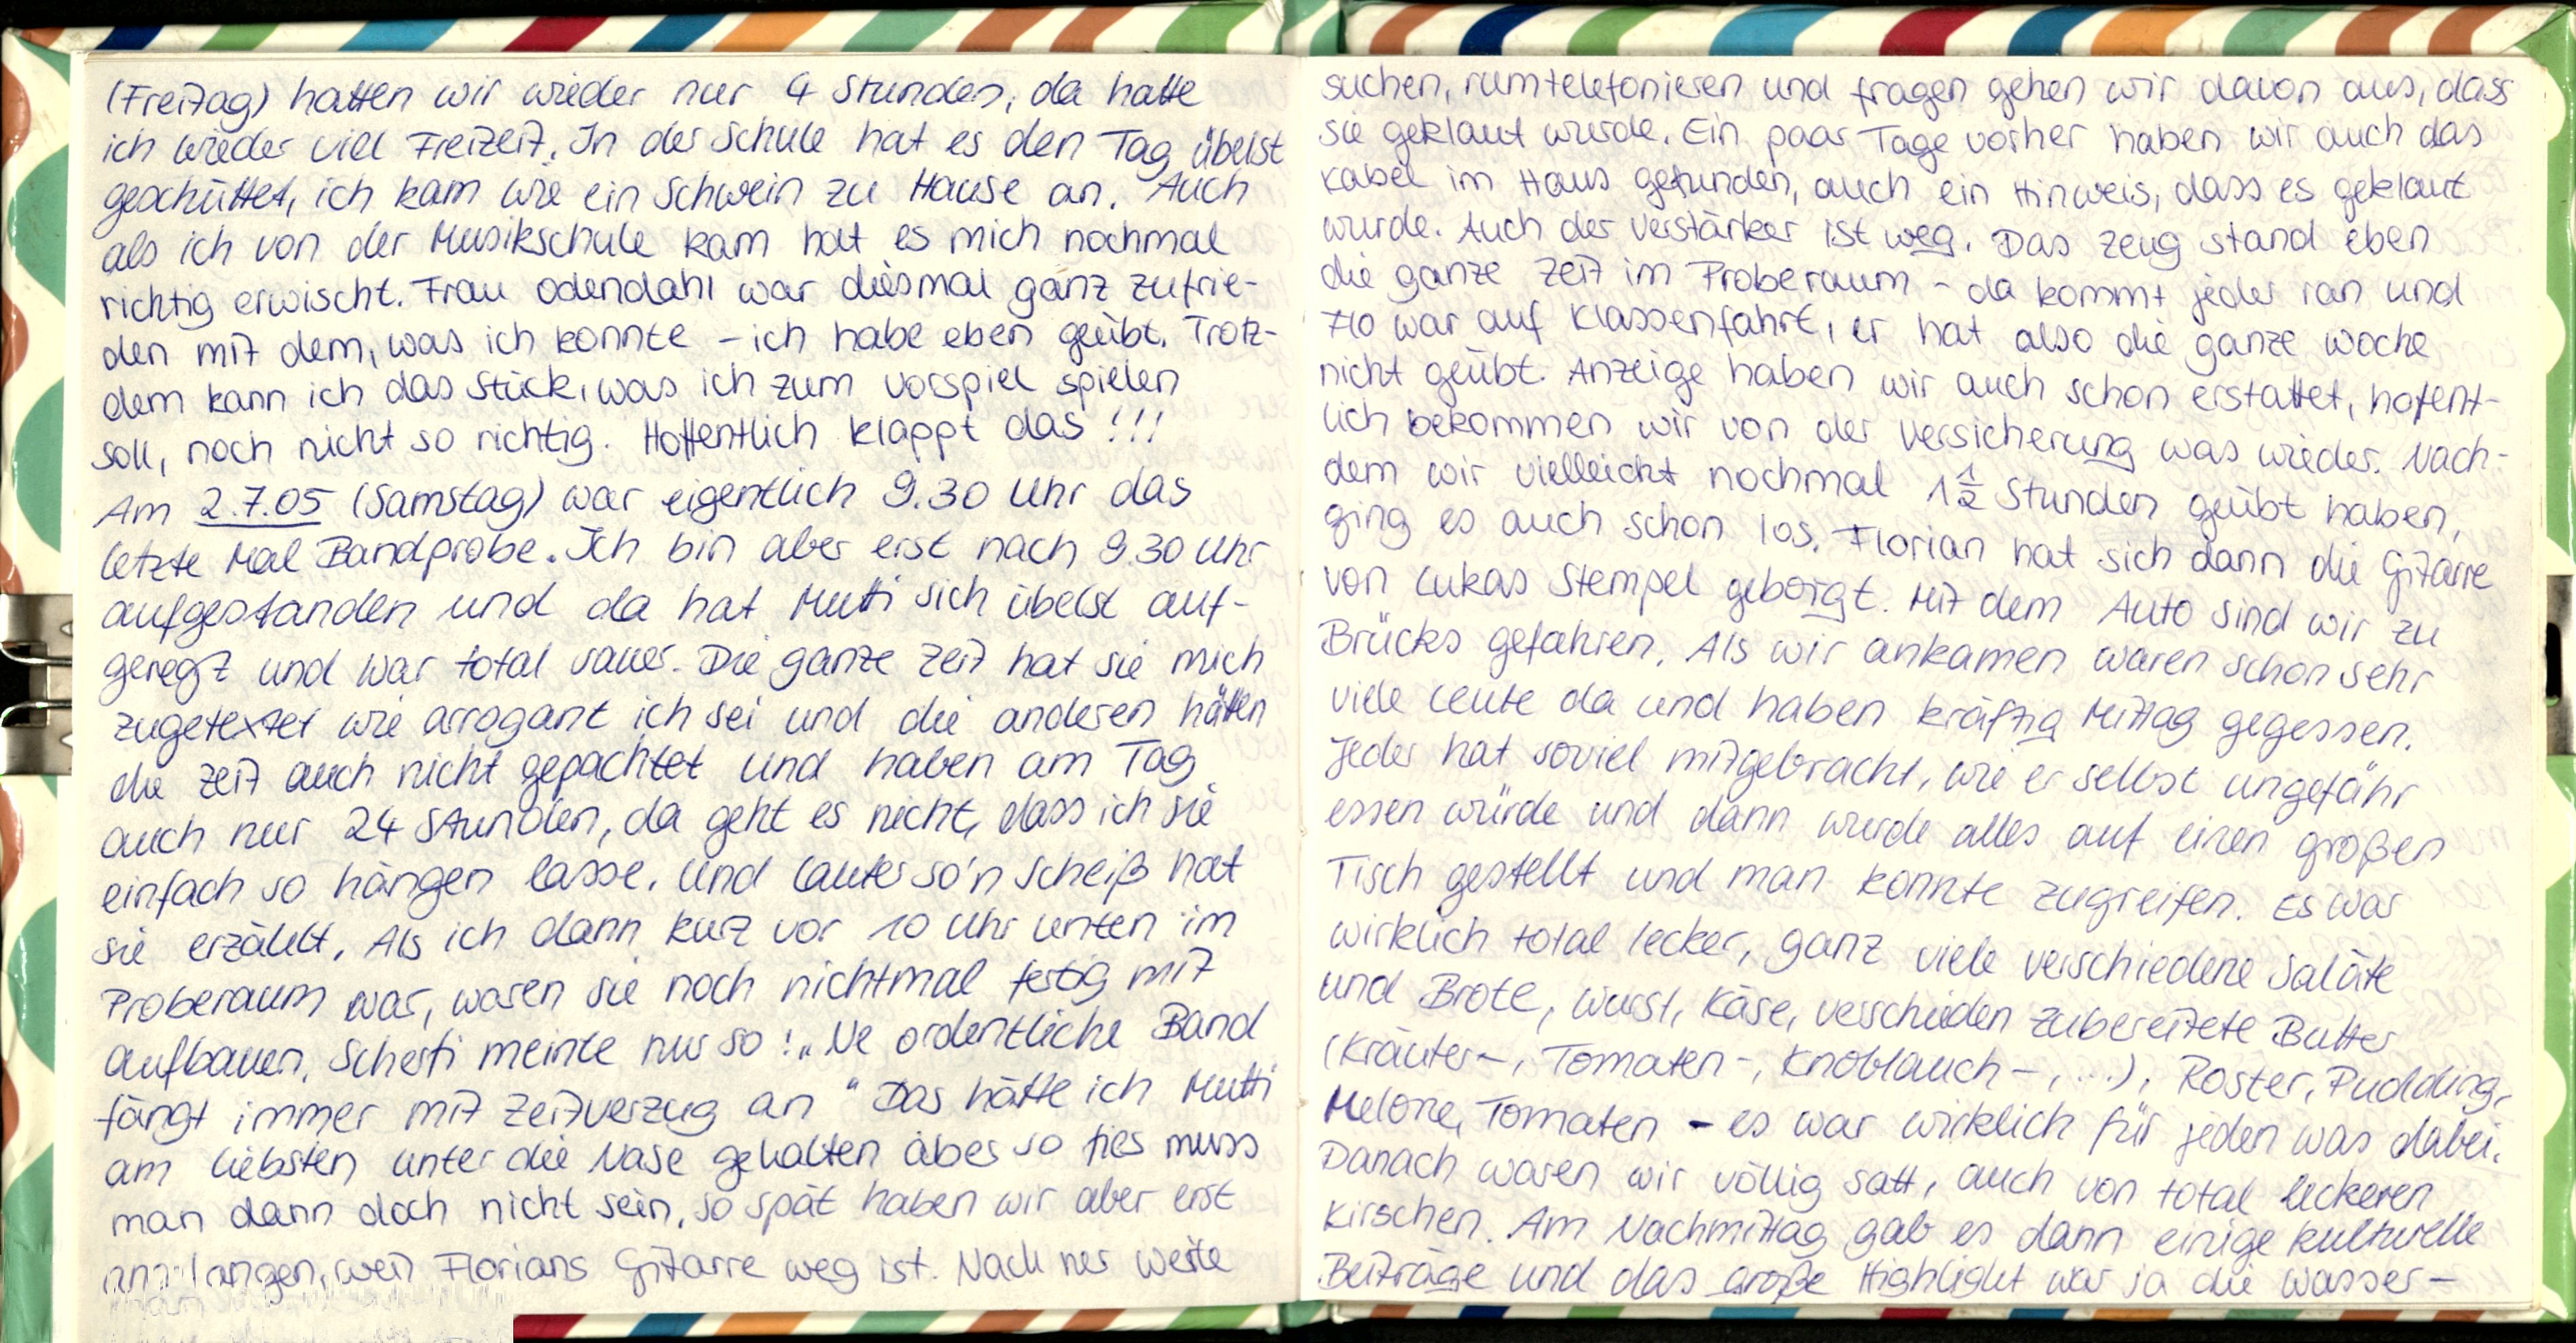
(Freitag) hatten wir wieder nur 4 Stunden, da hatte
ich wieder viel Freizeit. In der Schule hat es den Tag übelst
geschüttet, ich kam wie ein Schwein zu Hause an. Auch
als ich von der Musikschule kam hat es mich nochmal
richtig erwischt. Frau Odendahl war diesmal ganz zufrie-
den mit dem, was ich konnte - ich habe eben geübt. Trotz-
dem kann ich das Stück, was ich zum Vorspiel spielen
soll, noch nicht so richtig. Hoffentlich klappt das !!!
Am 2.7.05 (Samstag) war eigentlich 9.30 Uhr das
letzte Mal Bandprobe. Ich bin aber erst nach 9.30 Uhr
aufgestanden und da hat Mutti sich übelst auf-
geregt und war total sauer. Die ganze Zeit hat sie mich
zugetextet wie arrogant ich sei und die anderen hätten
die Zeit auch nicht gepachtet und haben am Tag
auch nur 24 Stunden, da geht es nicht, dass ich sie
einfach so hängen lasse, und lauter so'n Scheiß hat
sie erzählt. Als ich dann kurz vor 10 Uhr unten im
Proberaum war, waren sie noch nichtmal fertig mit
aufbauen. Scherfi meinte nur so: „Ne ordentliche Band
fängt immer mit Zeitverzug an" Das hätte ich Mutti
am liebsten unter die Nase gehalten aber so fies muss
man dann doch nicht sein. So spät haben wir aber erst
angefangen, weil Florians Gitarre weg ist. Nach ner weile

suchen, rumtelefonieren und fragen gehen wir davon aus, das
sie geklaut wurde. Ein paar Tage vorher haben wir auch das
Kabel im Haus gefunden, auch ein Hinweis, dass es geklaut
wurde. Auch der Verstärker ist weg. Das Zeug stand eben
die ganze Zeit im Proberaum - da kommt jeder ran und
Flo war auf Klassenfahrt, er hat also die ganze Woche
nicht geübt. Anzeige haben wir auch schon erstattet, hoffent-
lich bekommen wir von der Versicherung was wieder. Nach-
dem wir vielleicht nochmal 1½ Stunden geübt haben,
ging es auch schon los. Florian hat sich dann die Gitarre
von Lukas Stempel geborgt. Mit dem Auto sind wir zu
Brücks gefahren. Als wir ankamen waren schon sehr
viele Leute da und haben kräftig Mittag gegessen.
Jeder hat soviel mitgebracht, wie er selbst ungefähr
essen würde und dann wurde alles auf einen großen
Tisch gestellt und man konnte zugreifen. Es war
wirklich total lecker, ganz viele verschiedene Saläte
und Brote, Wurst, Käse, verschieden zubereitete Butter
(Kräuter-, Tomaten-, Knoblauch-,...), Roster, Pudding,
Melone, Tomaten - es war wirklich für jeden was dabei.
Danach waren wir völlig satt, auch von total leckeren
Kirschen. Am Nachmittag gab es dann einige kulturelle
Beitrage und das große Highlight war ja die Wasser-